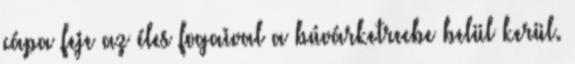
cápa feje az éles fogaival a búvárketrecbe belül kerül.